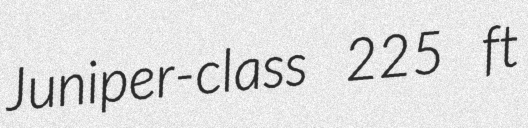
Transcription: Juniper-class 225 ft